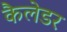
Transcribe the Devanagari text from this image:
कैलेडर